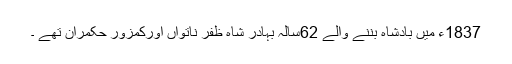
1837ء میں بادشاہ بننے والے 62سالہ بہادر شاہ ظفر ناتواں اورکمزور حکمران تھے ۔